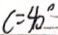
c = 4 0 ^ { \circ }